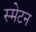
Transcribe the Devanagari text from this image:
स्मेटन